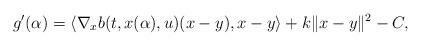
LaTeX: \begin{align*}g'(\alpha) = \langle \nabla_x b(t,x(\alpha),u)(x-y),x-y \rangle + k \| x-y \|^2 - C ,\end{align*}